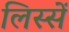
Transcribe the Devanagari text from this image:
लिस्सें